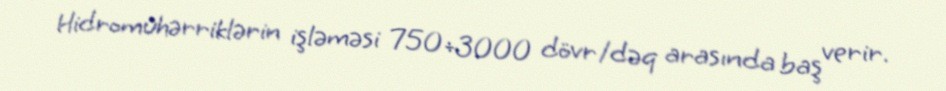
Hidromühərriklərin işləməsi 750÷3000 dövr/dəq arasında baş verir.